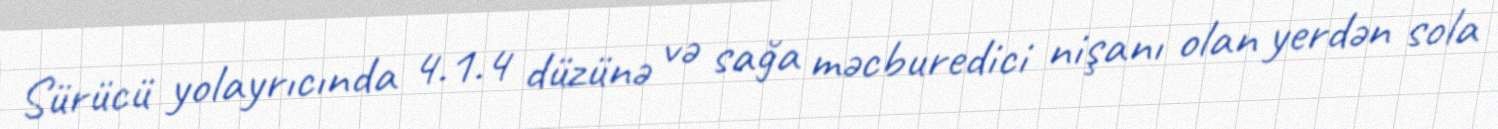
Sürücü yolayrıcında 4.1.4 düzünə və sağa məcburedici nişanı olan yerdən sola